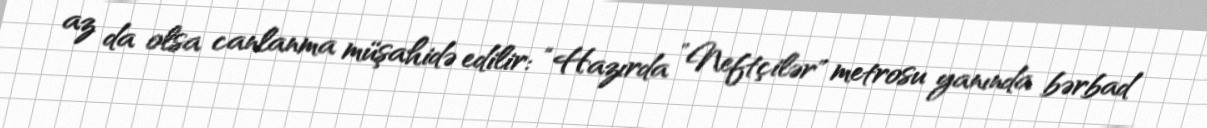
az da olsa canlanma müşahidə edilir: “Hazırda ”Neftçilər" metrosu yanında bərbad